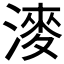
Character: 𣼊